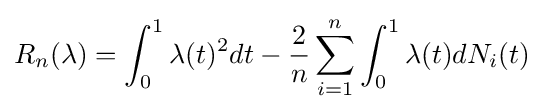
R_{n}(\lambda )=\int _{0}^{1}\lambda (t)^{2}dt-{\frac {2}{n}}\sum _{i=1}^{n}\int _{0}^{1}\lambda (t)dN_{i}(t)